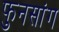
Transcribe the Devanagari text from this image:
फुनसांग